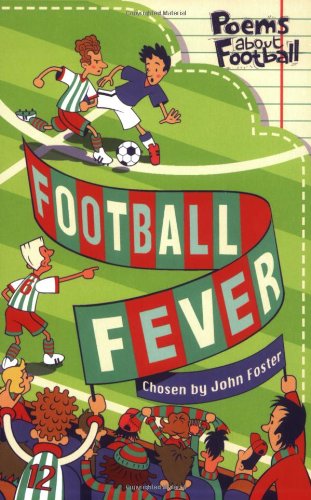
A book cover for Football Fever; John Foster; Teen & Young Adult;